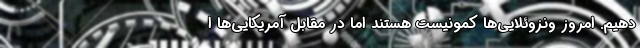
دهیم. امروز ونزوئلایی‌ها کمونیست هستند اما در مقابل آمریکایی‌ها ا